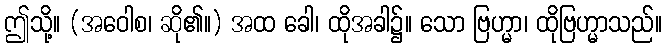
ဤသို့။ (အဝေါစ၊ ဆို၏။) အထ ခေါ၊ ထိုအခါ၌။ သော ဗြဟ္မာ၊ ထိုဗြဟ္မာသည်။